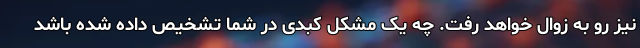
نیز رو به زوال خواهد رفت. چه یک مشکل کبدی در شما تشخیص داده شده باشد